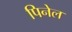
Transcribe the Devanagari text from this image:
पिनेल